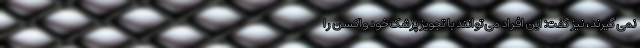
نمی گیرند، نیز گفت: این افراد می توانند با تجویز پزشک خود واکسن را